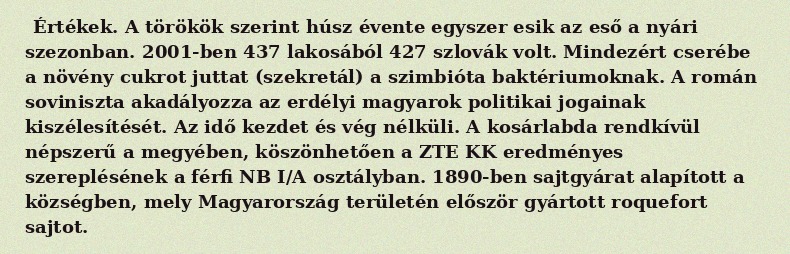
Értékek. A törökök szerint húsz évente egyszer esik az eső a nyári szezonban. 2001-ben 437 lakosából 427 szlovák volt. Mindezért cserébe a növény cukrot juttat (szekretál) a szimbióta baktériumoknak. A román soviniszta akadályozza az erdélyi magyarok politikai jogainak kiszélesítését. Az idő kezdet és vég nélküli. A kosárlabda rendkívül népszerű a megyében, köszönhetően a ZTE KK eredményes szereplésének a férfi NB I/A osztályban. 1890-ben sajtgyárat alapított a községben, mely Magyarország területén először gyártott roquefort sajtot.